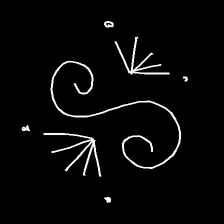
Glyph: aeroform